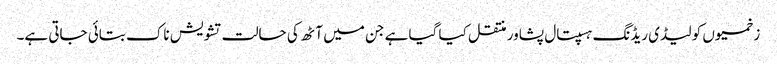
زخمیوں کو لیڈی ریڈنگ ہسپتال پشاور منتقل کیا گیا ہے جن میں آٹھ کی حالت تشویش ناک بتائی جاتی ہے۔